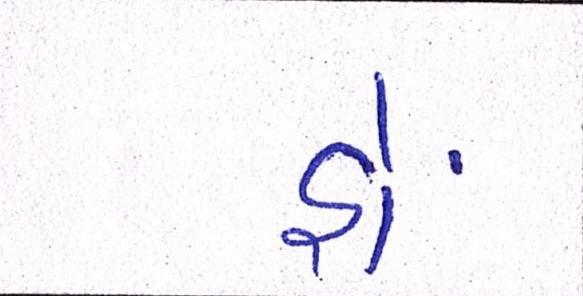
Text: હોં